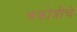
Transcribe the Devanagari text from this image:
चकोत्रीचे